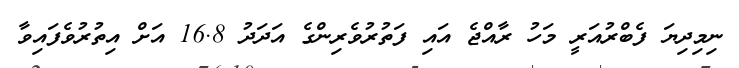
ނިމިދިޔަ ފެބްރުއަރީ މަހު ރާއްޖެ އައި ފަތުރުވެރިންގެ އަދަދު 16.8 އަށް އިތުރުވެފައިވާ